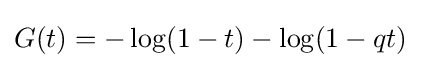
G(t)=-\log(1-t)-\log(1-qt)